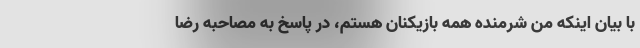
با بیان اینکه من شرمنده همه بازیکنان هستم، در پاسخ به مصاحبه رضا